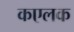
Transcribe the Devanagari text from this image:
कएलक